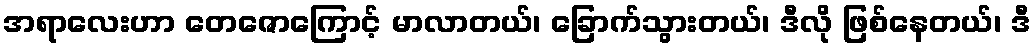
အရာလေးဟာ တေဇောကြောင့် မာလာတယ်၊ ခြောက်သွားတယ်၊ ဒီလို ဖြစ်နေတယ်၊ ဒီ